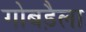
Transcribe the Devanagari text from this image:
गोबड़ैला